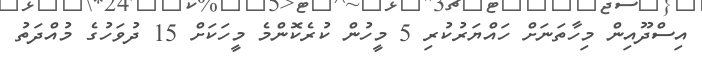
އިސްދޫއިން މިހާތަނަށް ހައްޔަރުކުރި 5 މީހުން ކުރެކޮންމެ މީހަކަށް 15 ދުވަހުގެ މުއްދަތު